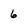
Character: 6